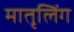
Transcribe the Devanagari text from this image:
मातृलिंग